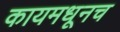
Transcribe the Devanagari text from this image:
कायमधूनच